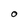
Character: 0